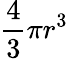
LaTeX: \frac{4}{3}\pi r^{3}